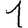
Digit: 1